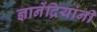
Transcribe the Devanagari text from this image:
ज्ञानेंद्रियांनी